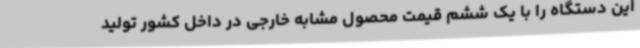
این دستگاه را با یک ششم قیمت محصول مشابه خارجی در داخل کشور تولید